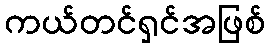
ကယ်တင်ရှင်အဖြစ်